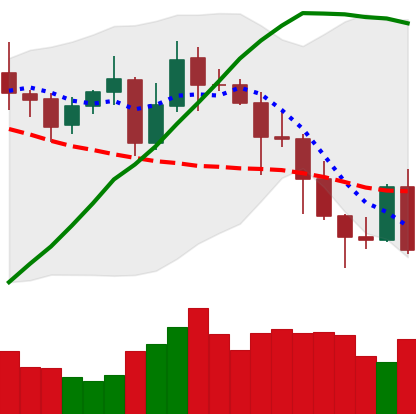
Ticker: ADA-USD
Chart end date: 2020-11-02
Forward return: 10.024%
Label: up_7plus